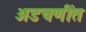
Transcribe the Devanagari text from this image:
अडचणींत